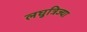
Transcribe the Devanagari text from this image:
लघुत्रिज्या